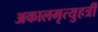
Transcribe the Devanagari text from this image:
अकालमृत्युहर्त्री